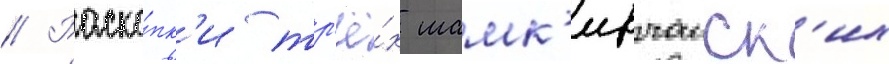
// Раско́пк'и тр'ё́х шамк'ирчаиск'их